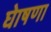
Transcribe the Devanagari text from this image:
घेाषणा